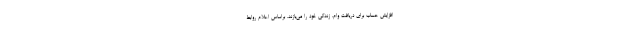
افزایش حساب برای دریافت وام، زندگی خود را می‌بازند. براساس اعلام روابط